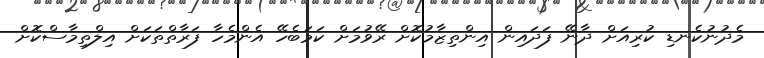
މެދުނުކެނޑި ކުރިއަށް ދާނޭ ފަދައިން އިންތިޒާމުކޮށް ރޭވުމަށް ކަމަބެހޭ އެންމެހާ ފަރާތްތަކަށް އިލްތިމާސްކޮށް